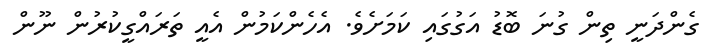
ގެންދަނީ ތިން ގުނަ ބޮޑު އަގުގައި ކަމަށެވެ. އެހެންކަމުން އެއީ ތަރައްގީކުރުން ނޫން